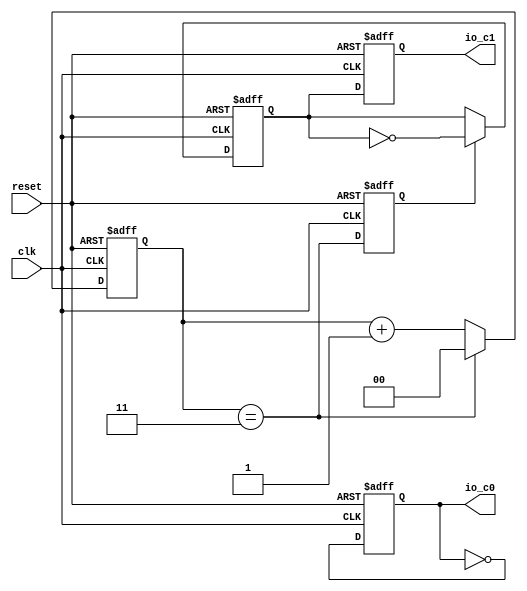
// Generator : SpinalHDL v1.7.2    git head : 08fc866bebdc40c471ebe327bface63e34406489
// Component : SlowArea_1
// Git hash  : 23d564a3e9d4d768c2cb1641ec7dc2becc0d2602

`timescale 1ns/1ps

module SlowArea_1 (
  output reg          io_c0,
  output reg          io_c1,
  input               clk,
  input               reset
);

  reg        [1:0]    _zz_when_ClockDomain_l369;
  wire                when_ClockDomain_l369;
  reg                 when_ClockDomain_l369_regNext;
  reg                 slow_tmp;

  assign when_ClockDomain_l369 = (_zz_when_ClockDomain_l369 == 2'b11);
  always @(posedge clk or posedge reset) begin
    if(reset) begin
      io_c0 <= 1'b0;
      io_c1 <= 1'b0;
      _zz_when_ClockDomain_l369 <= 2'b00;
      when_ClockDomain_l369_regNext <= 1'b0;
    end else begin
      io_c0 <= (! io_c0);
      _zz_when_ClockDomain_l369 <= (_zz_when_ClockDomain_l369 + 2'b01);
      if(when_ClockDomain_l369) begin
        _zz_when_ClockDomain_l369 <= 2'b00;
      end
      when_ClockDomain_l369_regNext <= when_ClockDomain_l369;
      io_c1 <= slow_tmp;
    end
  end

  always @(posedge clk or posedge reset) begin
    if(reset) begin
      slow_tmp <= 1'b0;
    end else begin
      if(when_ClockDomain_l369_regNext) begin
        slow_tmp <= (! slow_tmp);
      end
    end
  end


endmodule